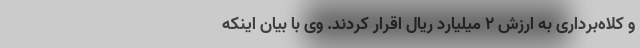
و کلاه‌برداری به ارزش 2 میلیارد ریال اقرار کردند. وی با بیان اینکه